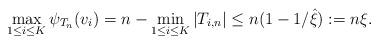
LaTeX: \begin{align*}\max_{1 \leq i \leq K} \psi_{T_n}(v_i) = n-\min_{1\leq i \leq K} |T_{i,n}| \leq n(1-1/\hat \xi) := n\xi.\end{align*}